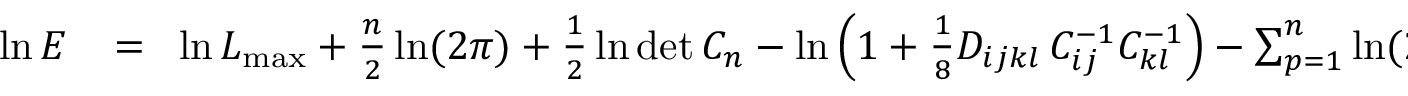
\begin{array} { r l r } { \ln E } & { { } \! = \! } & { \ln { \cal L } _ { \mathrm { m a x } } + { \frac { n } { 2 } } \ln ( 2 \pi ) + { \frac { 1 } { 2 } } \ln \operatorname* { d e t } C _ { n } - \ln \left( 1 + { \frac { 1 } { 8 } } D _ { i j k l } \, C _ { i j } ^ { - 1 } C _ { k l } ^ { - 1 } \right) - \sum _ { p = 1 } ^ { n } \ln ( 2 a _ { p } + 2 b _ { p } ) } \end{array}